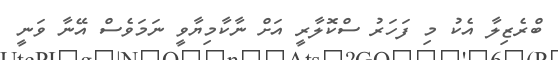
ބްރެޒިލާ އެކު މި ފަހަރު ސްކޮލާރީ އަށް ނާކާމިޔާވީ ނަމަވެސް އޭނާ ވަނީ